Source: Handwritten
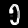
Digit: ၅ (5)